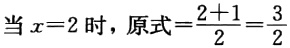
当\(x = 2\)时，原式\(=\frac{2 + 1}{2}=\frac{3}{2}\)